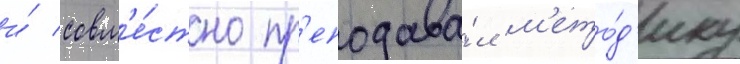
и́ совм'е́стно пр'еподава́л м'ето́д'ику